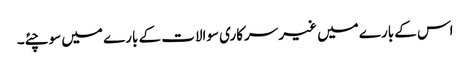
اس کے بارے میں غیر سرکاری سوالات کے بارے میں سوچئے۔